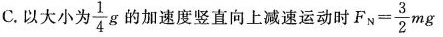
C.以大小为 \frac{1}{4}g 的加速度竖直向上减速运动时 $$F _ { N } = \frac { 3 } { 2 } m g$$